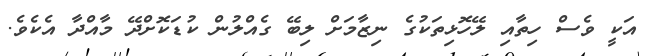
އަކީ ވެސް ހިތާއި ލޭހޮޅިތަކުގެ ނިޒާމަށް ލިބޭ ގެއްލުން ކުޑަކޮށްދޭ މާއްދާ އެކެވެ.